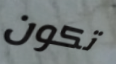
تكون